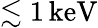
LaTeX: \lesssim 1\, \mathrm{keV}